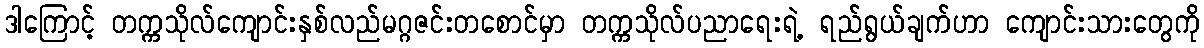
ဒါကြောင့် တက္ကသိုလ်ကျောင်းနှစ်လည်မဂ္ဂဇင်းတစောင်မှာ တက္ကသိုလ်ပညာရေးရဲ့ ရည်ရွယ်ချက်ဟာ ကျောင်းသားတွေကို